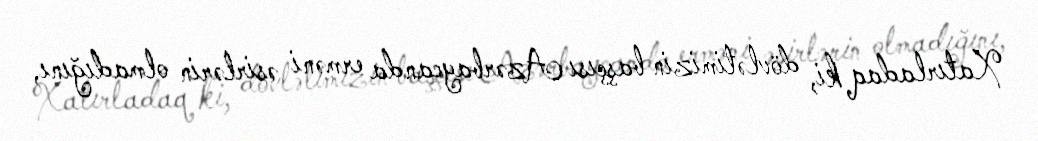
Xatırladaq ki, dövlətimizin başçısı Azərbaycanda erməni əsirlərin olmadığını,